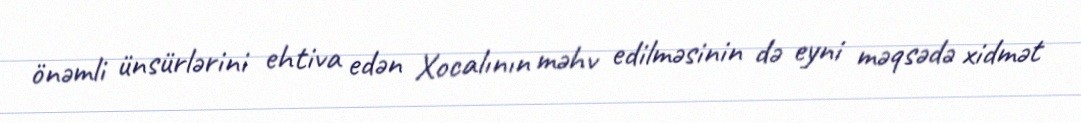
önəmli ünsürlərini ehtiva edən Xocalının məhv edilməsinin də eyni məqsədə xidmət